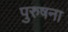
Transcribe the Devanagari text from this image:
पुरुषना